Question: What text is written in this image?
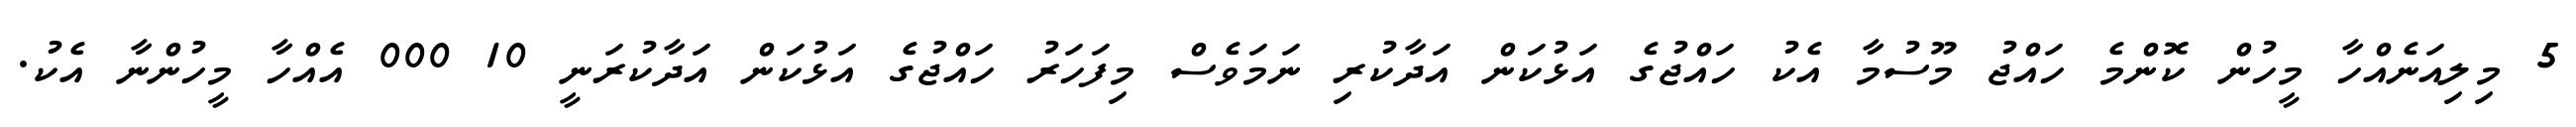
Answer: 5 މިލިއަނެއްހާ މީހުން ކޮންމެ ހައްޖު މޫސުމާ އެކު ހައްޖުގެ އަޅުކަން އަދާކުރި ނަމަވެސް މިފަހަރު ހައްޖުގެ އަޅުކަން އަދާކުރަނީ 10 000 އެއްހާ މީހުންނާ އެކު.